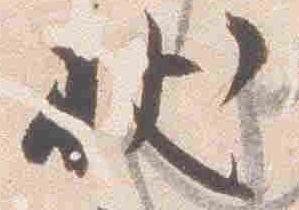
状